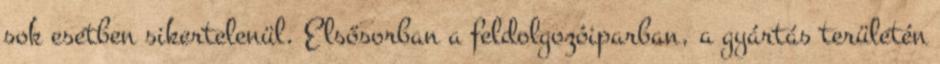
sok esetben sikertelenül. Elsősorban a feldolgozóiparban, a gyártás területén